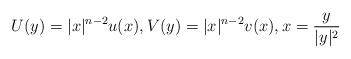
LaTeX: \begin{align*} U(y)=|x|^{n-2} u(x), V(y)=|x|^{n-2} v(x), x=\frac{y}{|y|^2} \end{align*}